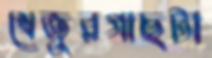
খেজুরগাছটা